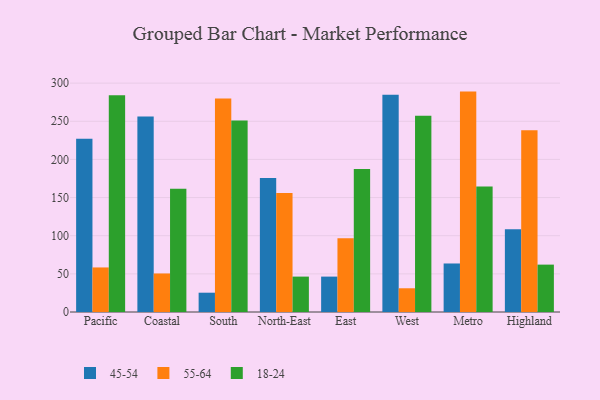
{"axis": {"x": "Region", "y": "Budget (USD K)"}, "legend": ["18-24", "45-54", "55-64"], "data": [{"x": "Pacific", "y": 227.2, "type": "45-54"}, {"x": "Pacific", "y": 58.4, "type": "55-64"}, {"x": "Pacific", "y": 284.0, "type": "18-24"}, {"x": "Coastal", "y": 256.2, "type": "45-54"}, {"x": "Coastal", "y": 50.5, "type": "55-64"}, {"x": "Coastal", "y": 161.6, "type": "18-24"}, {"x": "South", "y": 25.3, "type": "45-54"}, {"x": "South", "y": 279.9, "type": "55-64"}, {"x": "South", "y": 251.1, "type": "18-24"}, {"x": "North-East", "y": 175.6, "type": "45-54"}, {"x": "North-East", "y": 156.1, "type": "55-64"}, {"x": "North-East", "y": 46.4, "type": "18-24"}, {"x": "East", "y": 46.4, "type": "45-54"}, {"x": "East", "y": 96.7, "type": "55-64"}, {"x": "East", "y": 187.4, "type": "18-24"}, {"x": "West", "y": 284.9, "type": "45-54"}, {"x": "West", "y": 31.1, "type": "55-64"}, {"x": "West", "y": 257.1, "type": "18-24"}, {"x": "Metro", "y": 63.6, "type": "45-54"}, {"x": "Metro", "y": 288.9, "type": "55-64"}, {"x": "Metro", "y": 164.5, "type": "18-24"}, {"x": "Highland", "y": 108.4, "type": "45-54"}, {"x": "Highland", "y": 238.2, "type": "55-64"}, {"x": "Highland", "y": 62.1, "type": "18-24"}]}